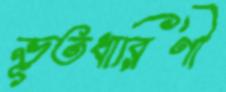
ভূতধারিণী